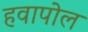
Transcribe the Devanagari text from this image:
हवापोल